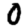
Digit: 0